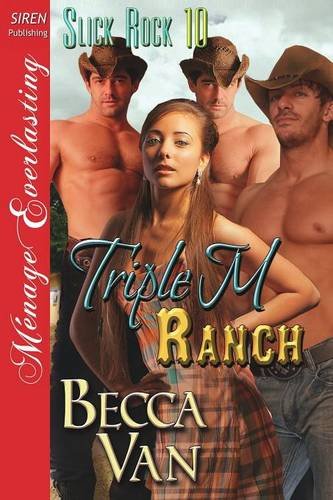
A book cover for Triple M Ranch [Slick Rock 10] (Siren Publishing Menage Everlasting); Becca Van; Romance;